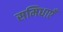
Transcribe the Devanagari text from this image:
समिधाएँ